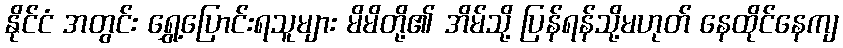
နိုင်ငံ အတွင်း ရွှေ့ပြောင်းရသူများ မိမိတို့၏ အိမ်သို့ ပြန်ရန်သို့မဟုတ် နေထိုင်နေကျ